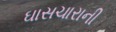
ઘાસચારાની